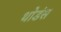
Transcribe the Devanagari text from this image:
थोडंस